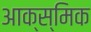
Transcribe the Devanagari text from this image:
आक्स्मिक